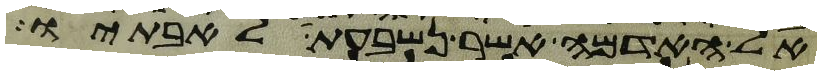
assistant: אל האדמה אשר נשבעת לאבתיו